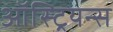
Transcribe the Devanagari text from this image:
ऑस्ट्रियन्स